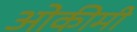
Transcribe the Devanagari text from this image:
ओकीमी